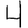
Digit: 4